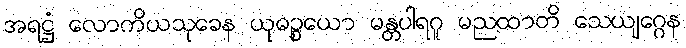
အရဋ္ဌံ လောကိယသုခေန ယုဓဉ္စယော မန္တပါရဂူ မညထာတိ သေယျဂ္ဂေန